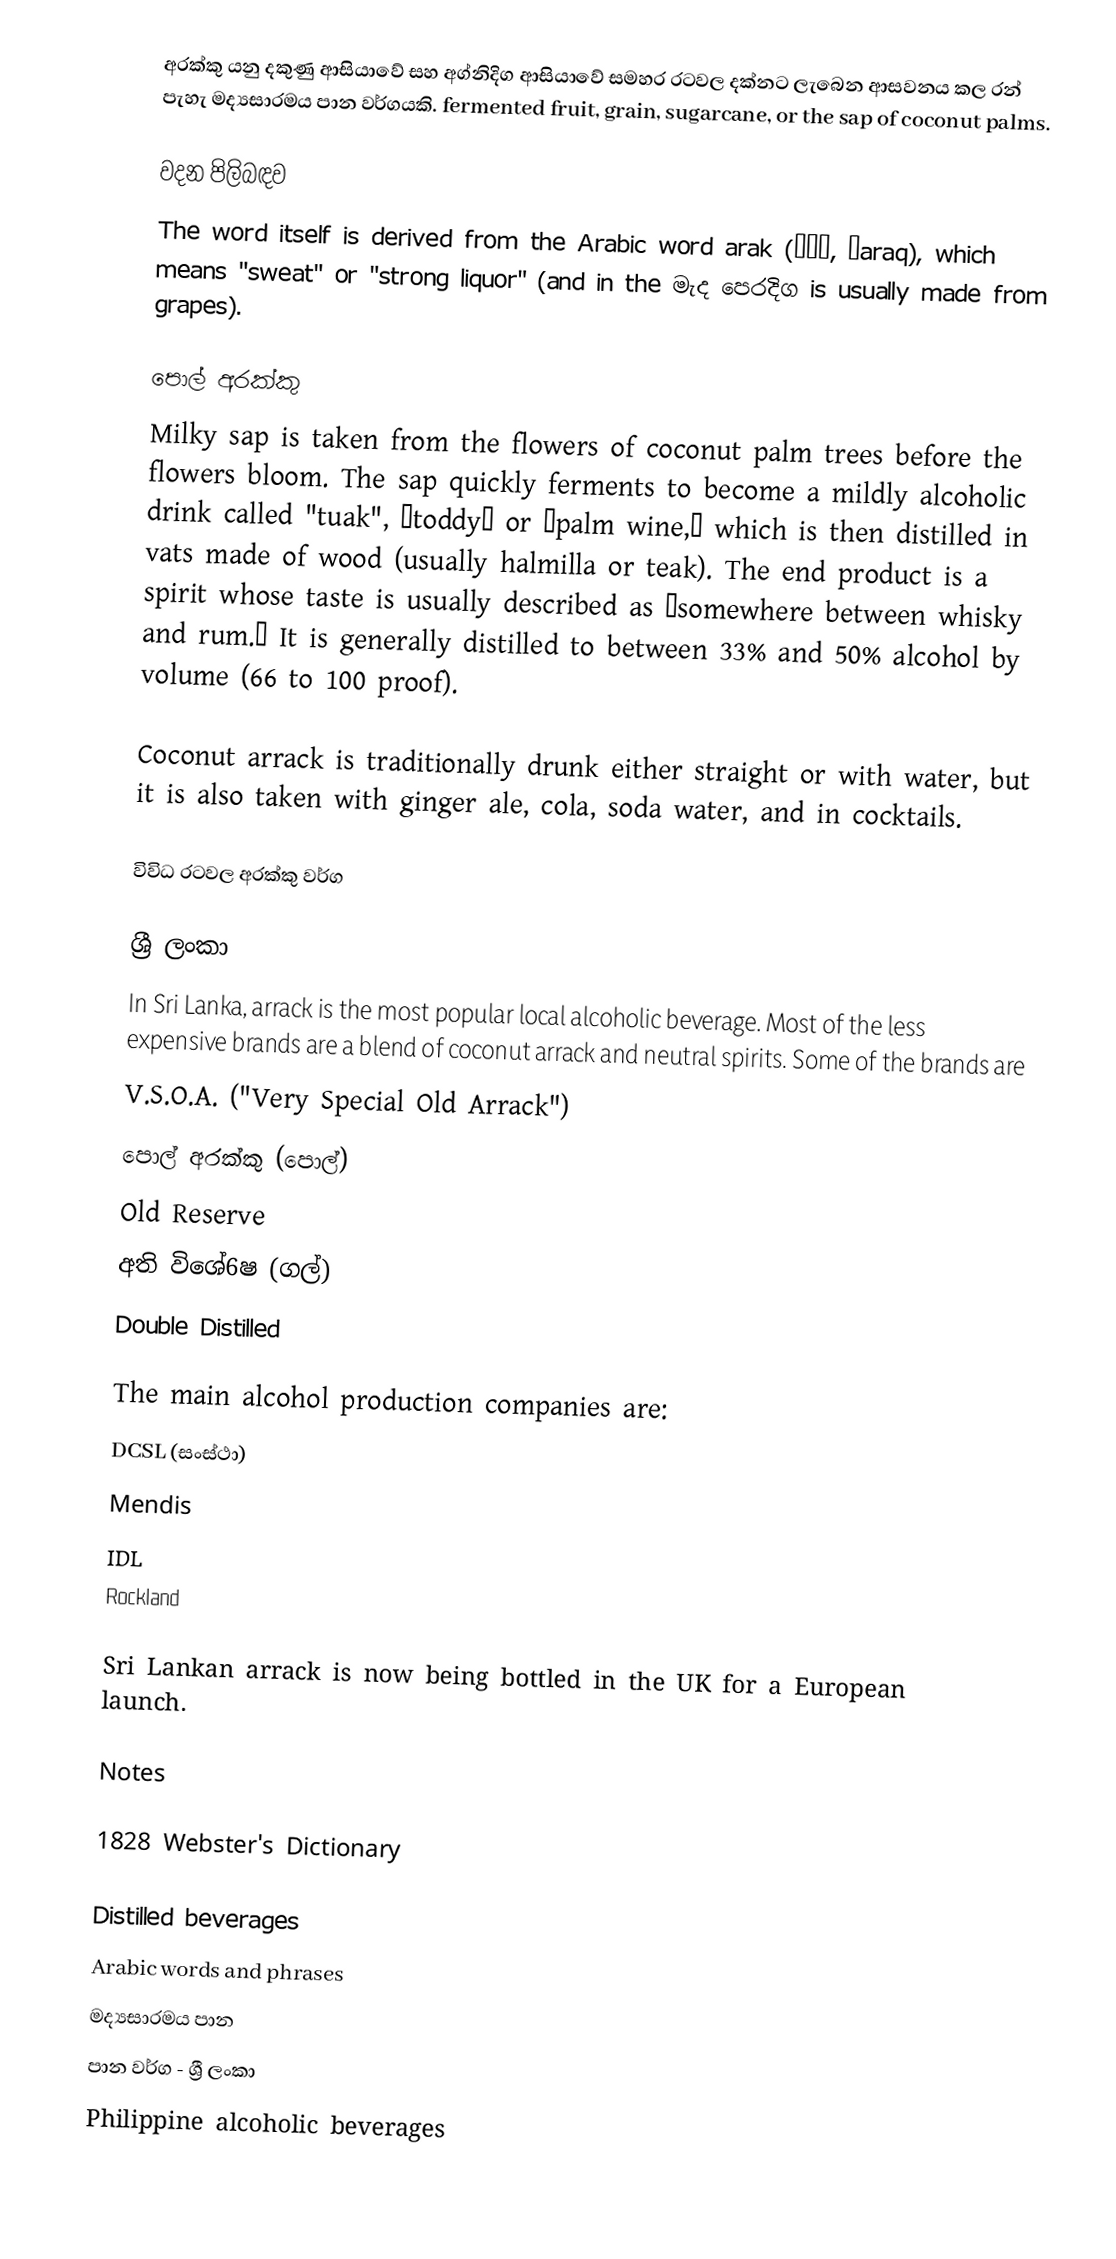
අරක්කු යනු දකුණු ආසියාවේ සහ අග්නිදිග ආසියාවේ සමහර රටවල දක්නට ලැබෙන ආසවනය කල රන් පැහැ මද්‍යසාරමය පාන වර්ගයකි.  fermented fruit, grain, sugarcane, or the sap of coconut palms.

වදන පිලිබඳව
The word itself is derived from the Arabic word arak (عرق, ‛araq), which means "sweat" or "strong liquor" (and in the මැද පෙරදිග is usually made from grapes).

පොල් අරක්කු
Milky sap is taken from the flowers of coconut palm trees before the flowers bloom. The sap quickly ferments to become a mildly alcoholic drink called "tuak", “toddy” or “palm wine,” which is then distilled in vats made of wood (usually halmilla or teak). The end product is a spirit whose taste is usually described as “somewhere between whisky and rum.” It is generally distilled to between 33% and 50% alcohol by volume (66 to 100 proof).

Coconut arrack is traditionally drunk either straight or with water, but it is also taken with ginger ale, cola, soda water, and in cocktails.

විවිධ රටවල අරක්කු වර්ග

ශ්‍රී ලංකා
In Sri Lanka, arrack is the most popular local alcoholic beverage. Most of the less expensive brands are a blend of coconut arrack and neutral spirits. Some of the brands are
 V.S.O.A. ("Very Special Old Arrack")
 පොල් අරක්කු (පොල්)
 Old Reserve
 අති විශේ6ෂ (ගල්)
 Double Distilled

The main alcohol production companies are:
 DCSL (සංස්ථා)
 Mendis
 IDL
 Rockland

Sri Lankan arrack is now being bottled in the UK for a European launch.

Notes

1828 Webster's Dictionary

Distilled beverages
Arabic words and phrases
මද්‍යසාරමය පාන
පාන වර්ග - ශ්‍රී ලංකා
Philippine alcoholic beverages